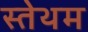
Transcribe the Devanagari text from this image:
स्तेथम